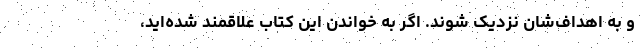
و به اهداف‌شان نزدیک شوند. اگر به خواندن این کتاب علاقمند شده‌اید،